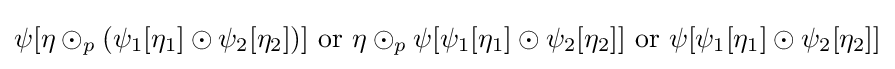
\psi [\eta \odot _{p}(\psi _{1}[\eta _{1}]\odot \psi _{2}[\eta _{2}])]{\text{ or }}\eta \odot _{p}\psi [\psi _{1}[\eta _{1}]\odot \psi _{2}[\eta _{2}]]{\text{ or }}\psi [\psi _{1}[\eta _{1}]\odot \psi _{2}[\eta _{2}]]